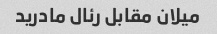
میلان مقابل رئال مادرید